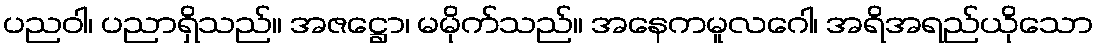
ပညဝါ၊ ပညာရှိသည်။ အဇဋ္ဌော၊ မမိုက်သည်။ အနေကမူလဂေါ၊ အရိအရည်ယိုသော